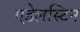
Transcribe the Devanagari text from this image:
एडेलस्टिन